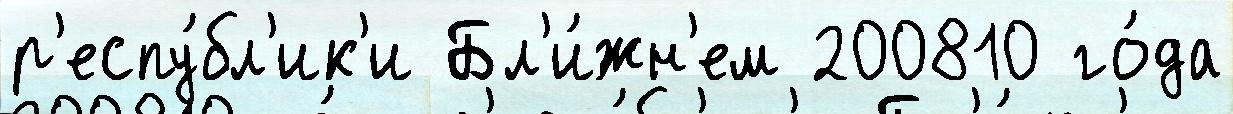
р'еспу́бл'ик'и Бл'и́жн'ем 200810 го́да